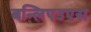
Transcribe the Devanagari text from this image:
बन्लिएउएस